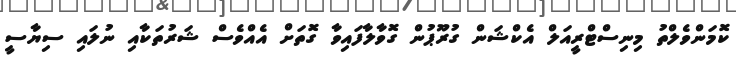
ކޮމަންވެލްތު މިނިސްޓްރީއަލް އެކްޝަން ގުރޫޕުން ގޮވާލާފައިވާ ގޮތަށް އެއްވެސް ޝަރުތަކާއި ނުލައި ސިޔާސީ